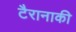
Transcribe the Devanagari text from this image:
टैरानाकी